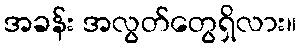
အခန်း အလွတ်တွေရှိလား။